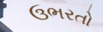
ઉભરતો